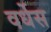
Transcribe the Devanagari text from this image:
वर्धेस